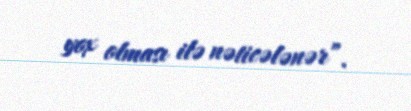
yox olması ilə nəticələnər”.